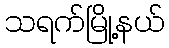
သရက်မြို့နယ်